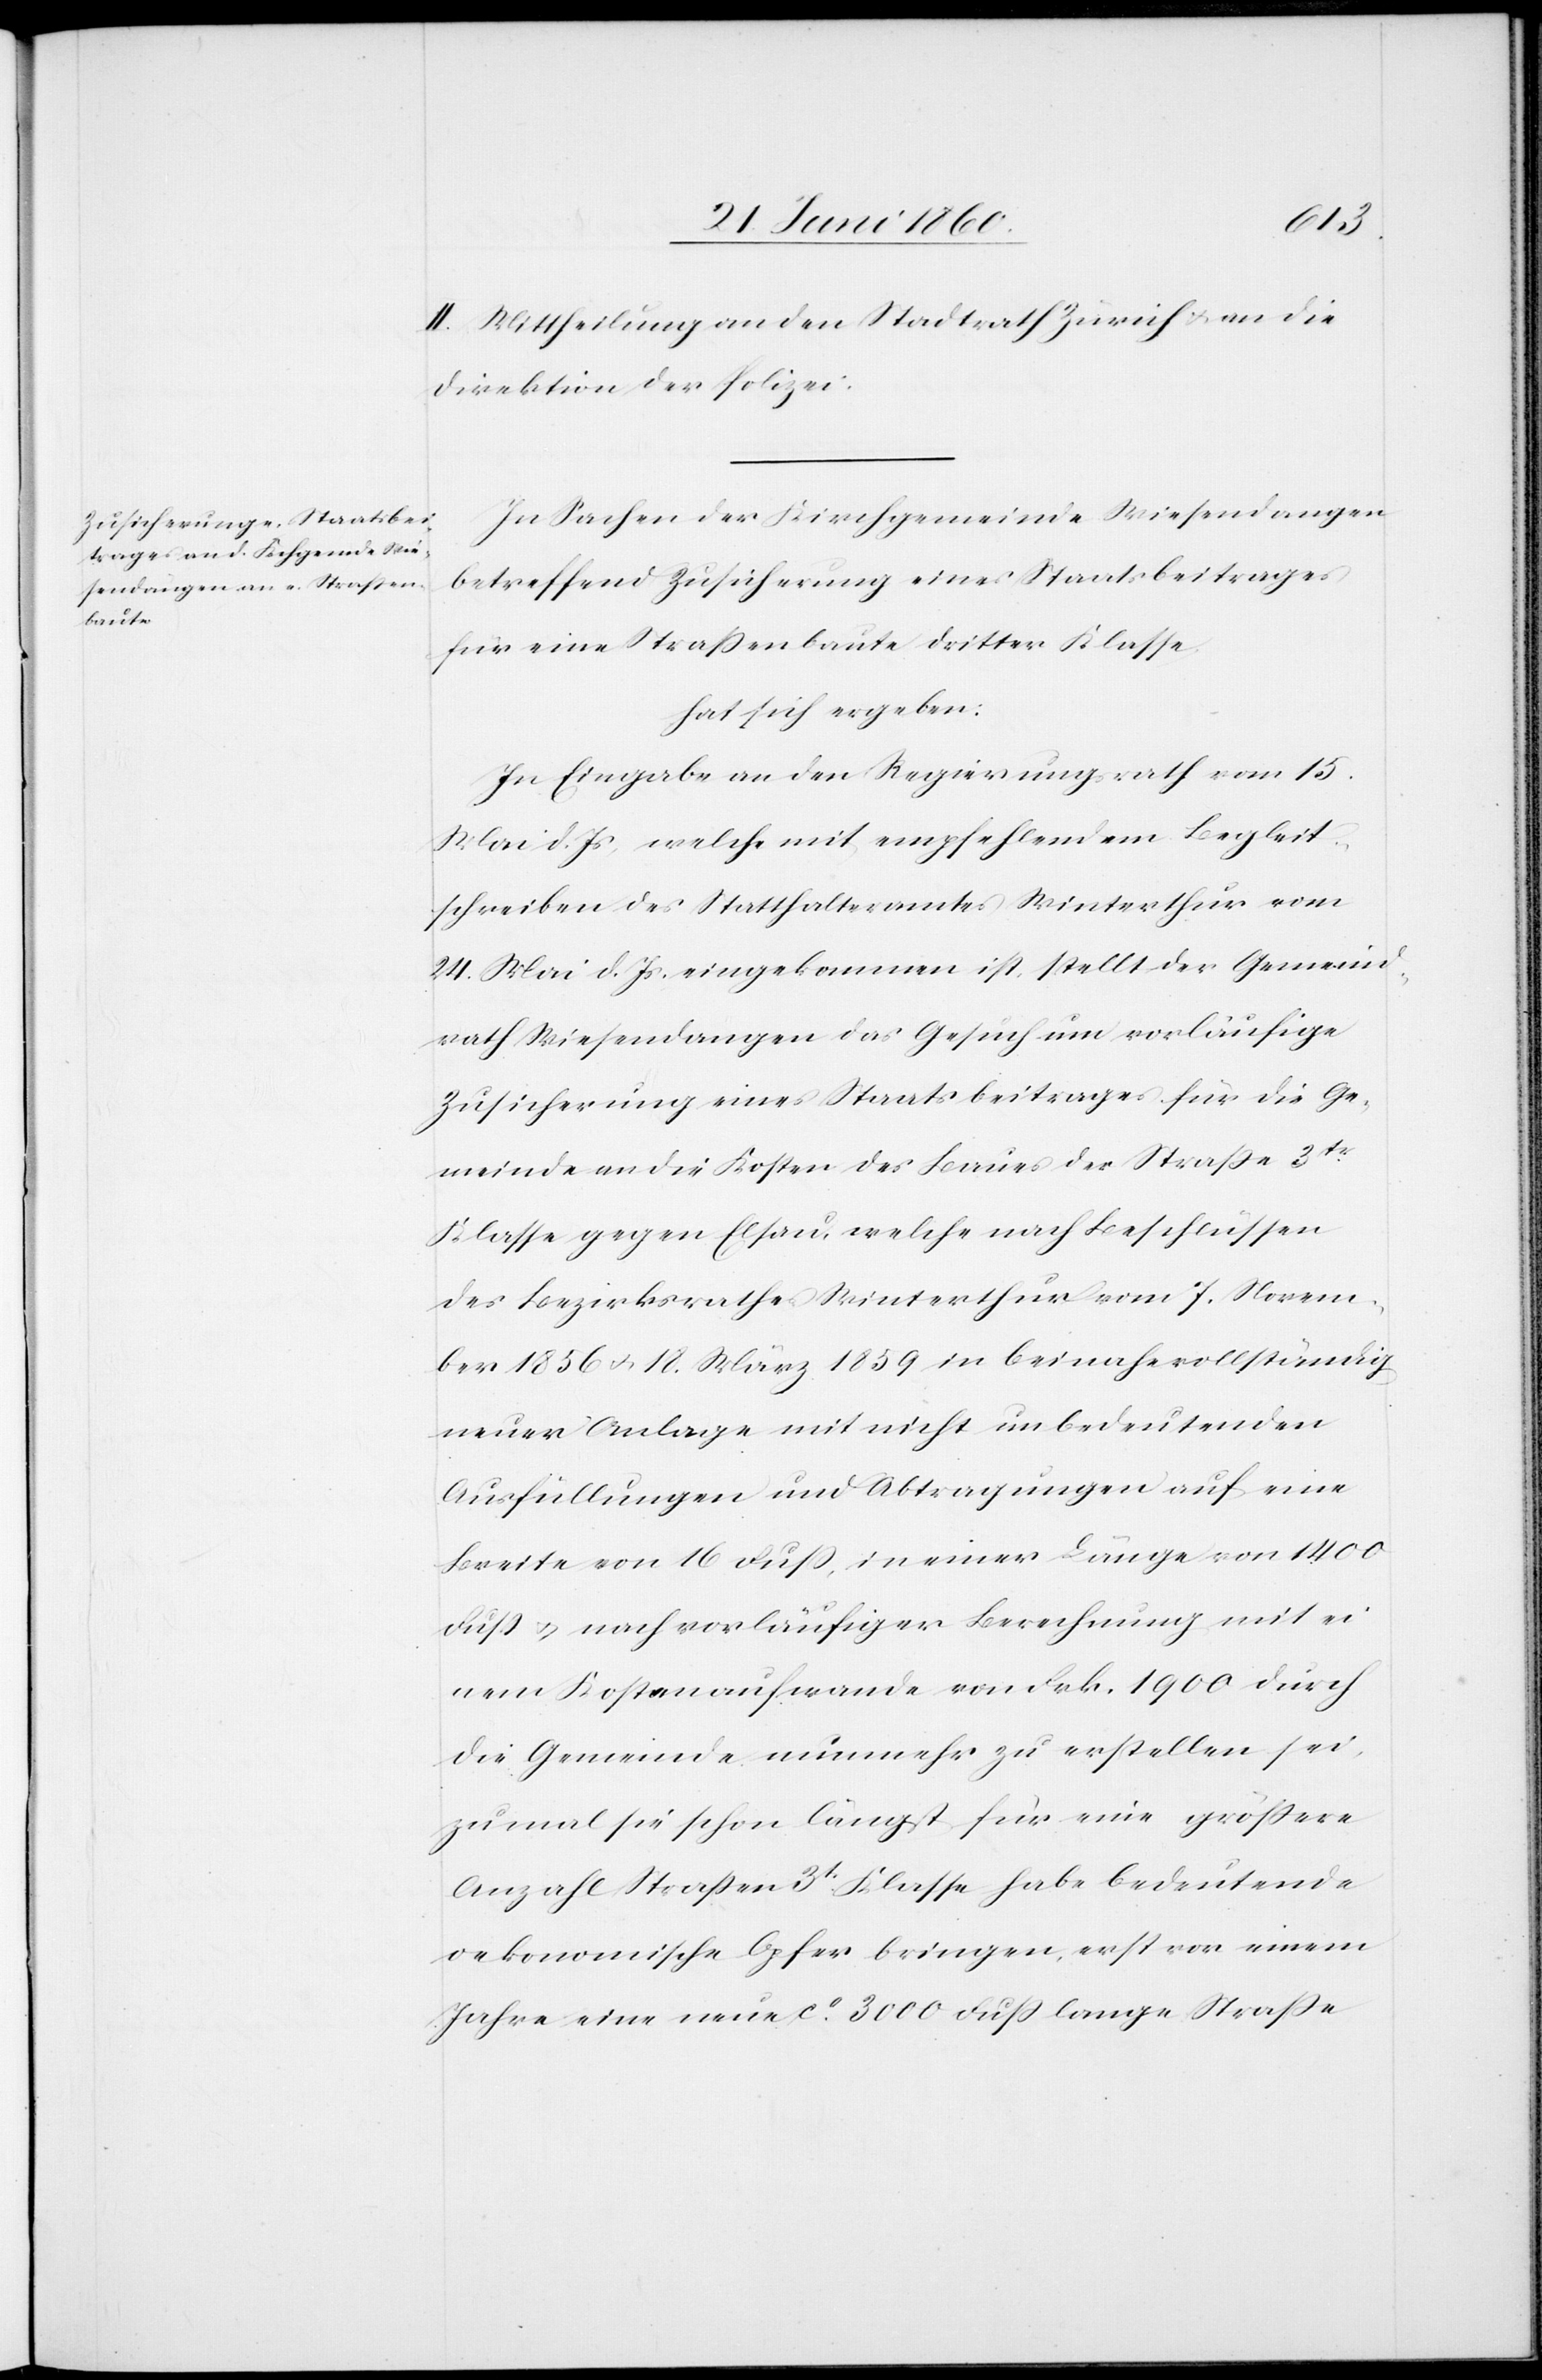
II. Mittheilung an den Stadtrath Zürich u. an die
Direktion der Justiz.
In Sachen der Kirchgemeinde Wiesendangen
betreffend Zusicherung eines Staatsbeitrages
für eine Strassenbaute dritter Klasse
hat sich ergeben:
In Eingabe an den Regierungsrath vom 15.
Mai d. Js., welche mit empfehlendem Begleit¬
schreiben des Statthalteramtes Winterthur vom
24. Mai d. Js. eingekommen ist, stellt der Gemeind¬
rath Wiesendangen das Gesuch um vorläufige
Zusicherung eines Staatsbeitrages für die Ge¬
meinde an die Kosten des Baues der Strasse 3tr
Klasse gegen Elsau, welche nach Beschlüssen
des Bezirksrathes Winterthur vom 7. Novem¬
ber 1856 u. 18. März 1859 in beinahe vollständig
neuer Anlage mit nicht unbedeutenden
Ausfüllungen und Abtragungen auf eine
Breite von 16 Fuss, in einer Länge von 1400
Fuss u. nach vorläufiger Berechnung mit ei¬
nem Kostenaufwande von Frk. 1900 durch
die Gemeinde nunmehr zu erstellen sei,
zumal sie schon längst für eine grössere
Anzahl Strassen 3t Klasse habe bedeutende
oekonomische Opfer bringen, erst vor einem
Jahre eine neue ca 3000 Fuss lange Strasse